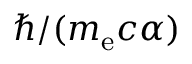
\hbar / ( m _ { \mathrm { e } } c \alpha )